Statistical return of the lunatic asylum in Assam - 1912-1932
Year: 1912
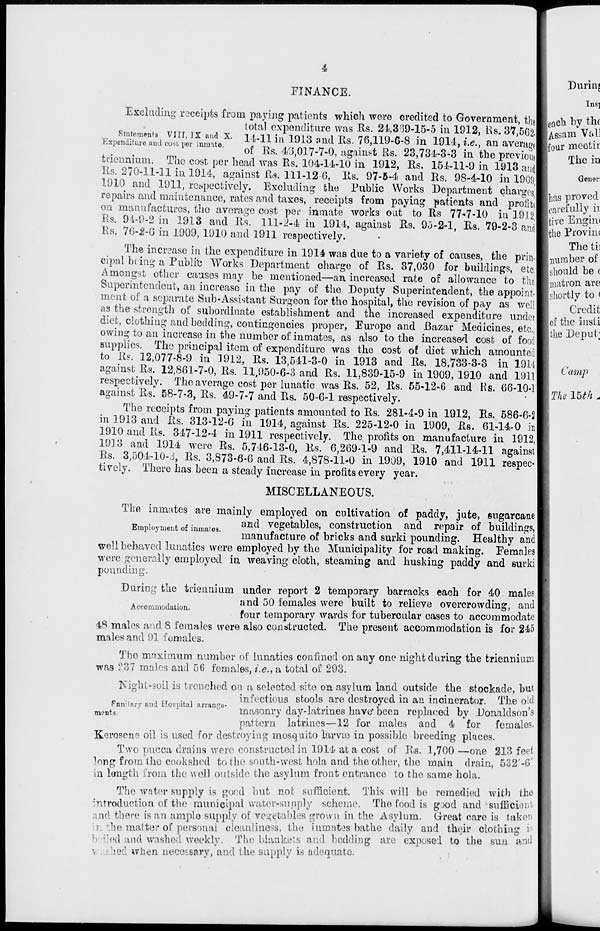
4
FINANCE.
Excluding receipts from paying patients which were credited to Government, the
total expenditure was Us. 24,889-16-5 in 1912, Rs. 37,50?.
VrJS^A Vm ' IX ftn ? X ' u - n in 1913 »nd Rs. 76,119-6-8 in 1914, i.e., an average
hspenditure and cost per inmate.
- ,-,
.,,-..„,,.
• x «
nn »«.. « ' « • '11
. o"!
of Rs. 43,017-7-0, against Rs. 23,734-3-3 in the previous
triennium. The cost per head was Rs. 104-14-10 in 1912, Rs. 154-11-9 in 1913 and
Its. 270-11-11 in. 1914, against Rs. 111-12 6, Rs. 97-5-4 and Rs. 98-4-10 in 1909,1
1910 and 1911, respectively. Excluding the Public Works Department charges
repairs and maintenance, rates and taxes, receipts from paying patients and profitsi
on manufactures, the average cost per inmate works out to Rs 77*7-10 in 1912
Rs. 91-9-2 in 1913 and Rs. 111-2-4 in 1914, against Rs. 9J-2-1, Rs. 79-2-3 anil
Rs. 76-2-0 in 1909, 1910 and 1911 respectively.
The increase in the expenditure in 1914 was due to a variety of causes, the prin-
cipal being a Public Works Department charge of Rs. 37,030 for buildings, etc.
Amongst other causes may be mentioned—an increased rate of allowance to the
Superintendent, an increase in the pay of the Deputy Superintendent, the appoint-
ment of a separate Sub-Assistant Surgeon for the hospital, the revision of pay as well
as the strength of subordinate establishment and the increased expenditure under
diet, clothing and bedding, contingencies proper, Europe and .Bazar Medicines, etc.,
owing to an increase in the number of inmates, as also to the increased cost of food
supplies. The principal item of expenditure was the cost of diet which amounted
to Rs. 12,077-8-9 in 3912, Rs. 13,541-3-0 in 1913 and Rs. 18,733-3-3 in 1914
against Rs. 12,861-7-0, Rs. 11,950-6-3 and Rs. 11,839-15-9 in 1909, 1910 and 19111
respectively. The average cost per lunatic was Rs. 52, Rs. 55-12-6 and Rs. 66-10-1
against Rs. 58-7-3, Rs. 49-7-7 and Rs. 50-6-1 respectively.
The receipts from paying patients amounted to Rs. 281-4-9 in 1912, Rs. 586-6-21
in 1913 and Rs. 313-12-6 in 1914, against Rs. 225-12-0 in 1909, Rs. 61-14-0 in
1910 and Rs. 347-12-4 in 1911 respectively. The profits on manufacture in 1912,
1913 and 1914 were Rs. 5,746-13-0, Rs. 6,269-1-9 and Rs. 7,411-14-11 against'
Rs. 3,504-10-3, Rs. 3,873-6-6 and Rs. 4,878-11-0 in 1909, 1910 and 1911 respec-
tively. There has been a steady increase in profits every year.
MISCELLANEOUS.
Tlie inmates are mainly employed on cultivation of paddy, jute, sugarcane
- .
. ,. .
and vegetables, construction and repair of buildings,
Employment of mmates.
» ?
**_ . ,
,
, .
,. x
__.,.,
p '
manufacture of bricks and surki pounding. Healthy and
well behaved lunatics were employed by the Municipality for road making. Females
were generally employed in weaving cloth, steaming and husking paddy and surki
pounding.
During the triennium under report 2 temporary barracks each for 40 males
and 50 females were built to relieve overcrowding, and
four temporary wards for tubercular cases to accommodate
48 males and 8 females were also constructed. The present accommodation is for 245
males and 91 females.
Tho maximum number of lunatics confined on any one night during the triennium
was ?37 males and 56 females, i.e., a total of 293.
Night-soil is trenched on a selected site on asylum land outside the stockade, but
infectious stools are destroyed in an incinerator. The old
^Fanitary and Hospital arrange- maaonpy day-latrines have' been replaced by Donaldson's
pattern latrines-—12 for males and 4 for females.
Kerosene oil is used for destroying mosquito larvie in possible breeding places.
Two pucoa drains were constructed in 1914 at a cost of Rs. 1,700 —one 213 feet
long from the cookshed to the south-west hola and the other, the main drain, 532 / -C"
in length from the w oil outside the asylum front entrance to the same hola.
The water supply is good but not sufficient. This will be remedied with tho
introduction of the municipal water-supply scheme. The food is g*>d and Sufficient
and there is an ample supply of vegetables grown in the Asylum. Great care is taken
lie matter of personal cleanliness, the inmates bathe daily and their clothing i
iled and washed weekly. The blankets and bedding are exposed to the sun and
ted when necessary, and the supply IA adequate.
Accommodation.